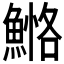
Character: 𩹕